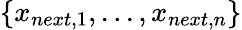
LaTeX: \{ x_{next,1},...,x_{next,n}\}